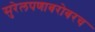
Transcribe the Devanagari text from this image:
सुरेलपणाबरोबरच